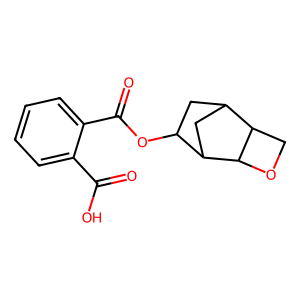
SMILES: O=C(O)c1ccccc1C(=O)OC1CC2CC1C1OCC21
Inhibits HIV replication: No